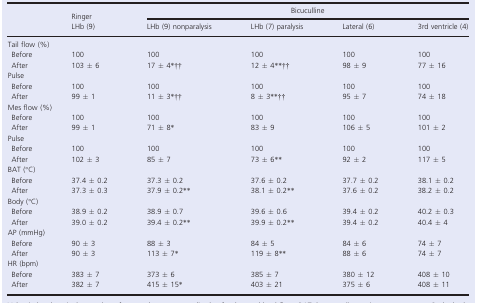
<table><thead><tr><td></td><td><b>Ringer</b></td><td colspan="4"><b>Bicuculline</b></td></tr><tr><td></td><td><b>LHb (9)</b></td><td><b>LHb (9) nonparalysis</b></td><td><b>LHb (7) paralysis</b></td><td><b>Lateral (6)</b></td><td><b>3rd ventricle (4)</b></td></tr></thead><tbody><tr><td colspan="6">Tail flow (%)</td></tr><tr><td> Before</td><td>100</td><td>100</td><td>100</td><td>100</td><td>100</td></tr><tr><td> After</td><td>103 ± 6</td><td>17 ± 4<sup>*</sup>††</td><td>12 ± 4<sup>*</sup><sup>*</sup>††</td><td>98 ± 9</td><td>77 ± 16</td></tr><tr><td colspan="6">Pulse</td></tr><tr><td> Before</td><td>100</td><td>100</td><td>100</td><td>100</td><td>100</td></tr><tr><td> After</td><td>99 ± 1</td><td>11 ± 3<sup>*</sup>††</td><td>8 ± 3<sup>*</sup><sup>*</sup>††</td><td>95 ± 7</td><td>74 ± 18</td></tr><tr><td colspan="6">Mes flow (%)</td></tr><tr><td> Before</td><td>100</td><td>100</td><td>100</td><td>100</td><td>100</td></tr><tr><td> After</td><td>99 ± 1</td><td>71 ± 8<sup>*</sup></td><td>83 ± 9</td><td>106 ± 5</td><td>101 ± 2</td></tr><tr><td colspan="6">Pulse</td></tr><tr><td> Before</td><td>100</td><td>100</td><td>100</td><td>100</td><td>100</td></tr><tr><td> After</td><td>102 ± 3</td><td>85 ± 7</td><td>73 ± 6<sup>*</sup><sup>*</sup></td><td>92 ± 2</td><td>117 ± 5</td></tr><tr><td colspan="6">BAT (°C)</td></tr><tr><td> Before</td><td>37.4 ± 0.2</td><td>37.3 ± 0.2</td><td>37.6 ± 0.2</td><td>37.7 ± 0.2</td><td>38.1 ± 0.2</td></tr><tr><td> After</td><td>37.3 ± 0.3</td><td>37.9 ± 0.2<sup>*</sup><sup>*</sup></td><td>38.1 ± 0.2<sup>*</sup><sup>*</sup></td><td>37.6 ± 0.2</td><td>38.2 ± 0.2</td></tr><tr><td colspan="6">Body (°C)</td></tr><tr><td> Before</td><td>38.9 ± 0.2</td><td>38.9 ± 0.7</td><td>39.6 ± 0.6</td><td>39.4 ± 0.2</td><td>40.2 ± 0.3</td></tr><tr><td> After</td><td>39.0 ± 0.2</td><td>39.4 ± 0.2<sup>*</sup><sup>*</sup></td><td>39.9 ± 0.2<sup>*</sup><sup>*</sup></td><td>39.4 ± 0.2</td><td>40.4 ± 4</td></tr><tr><td colspan="6">AP (mmHg)</td></tr><tr><td> Before</td><td>90 ± 3</td><td>88 ± 3</td><td>84 ± 5</td><td>84 ± 6</td><td>74 ± 7</td></tr><tr><td> After</td><td>90 ± 3</td><td>113 ± 7<sup>*</sup></td><td>119 ± 8<sup>*</sup><sup>*</sup></td><td>88 ± 6</td><td>74 ± 7</td></tr><tr><td colspan="6">HR (bpm)</td></tr><tr><td> Before</td><td>383 ± 7</td><td>373 ± 6</td><td>385 ± 7</td><td>380 ± 12</td><td>408 ± 10</td></tr><tr><td> After</td><td>382 ± 7</td><td>415 ± 15<sup>*</sup></td><td>403 ± 21</td><td>375 ± 6</td><td>408 ± 11</td></tr></tbody></table>